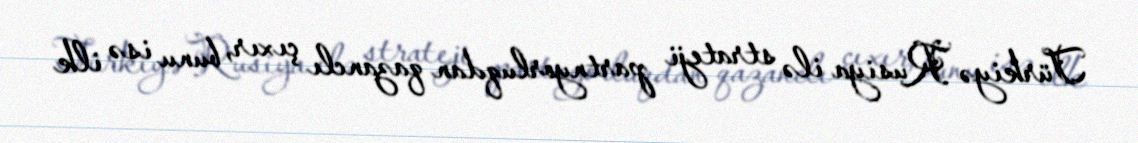
Türkiyə Rusiya ilə strateji partnyorluqdan qazanclı çıxır, bunu isə ilk